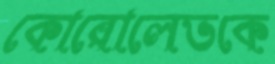
কোরোলেভকে